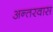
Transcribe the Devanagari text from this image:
अन्तरवास